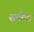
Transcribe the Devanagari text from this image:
समोटा